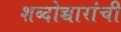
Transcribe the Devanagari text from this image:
शब्दोच्चारांची